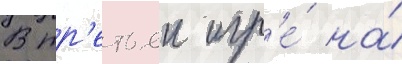
В тр'етьеи игр'е́ на́